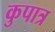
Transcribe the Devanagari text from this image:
कुपात्र